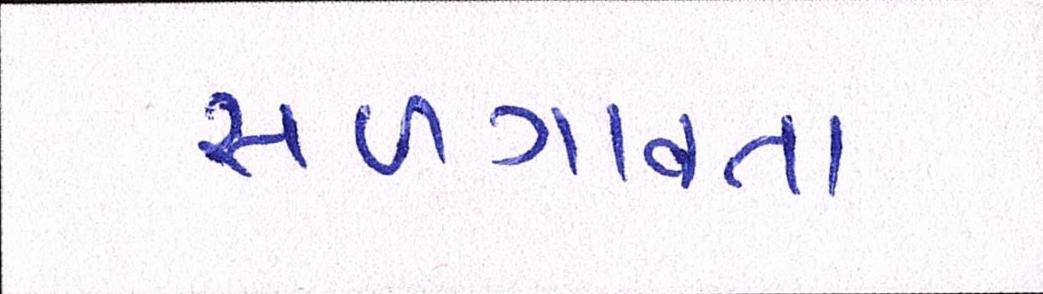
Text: સળગાવતા